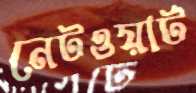
নেটওয়ার্ট